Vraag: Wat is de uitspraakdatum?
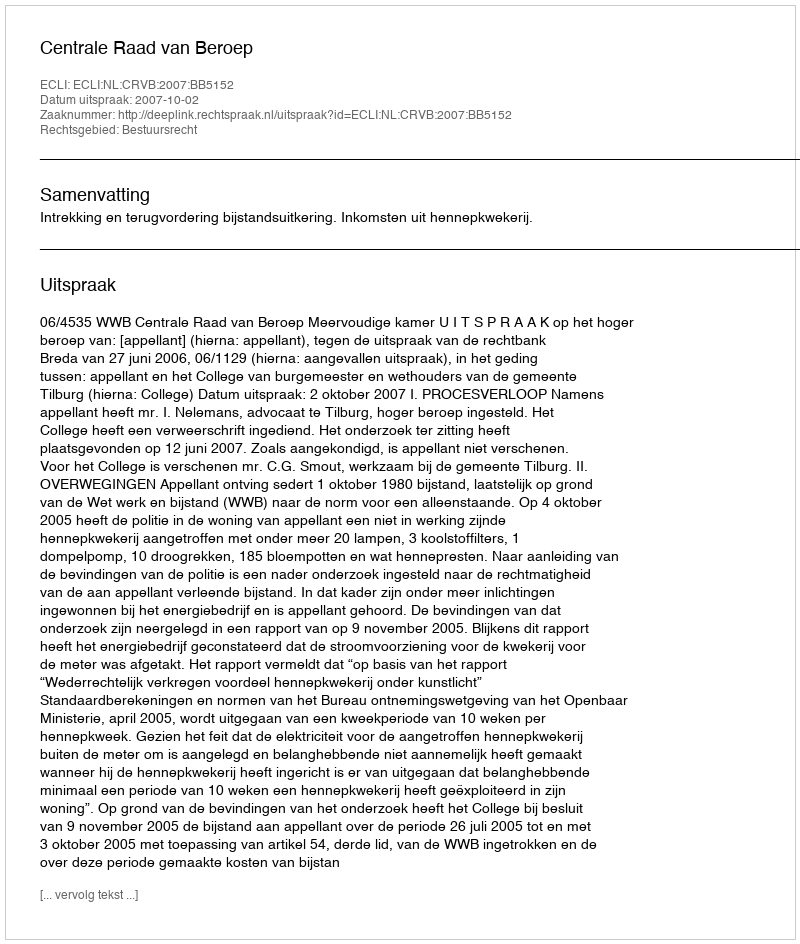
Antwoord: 2007-10-02